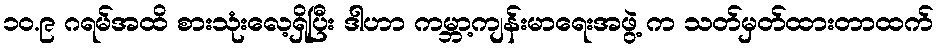
၁၀.၉ ဂရမ်အထိ စားသုံးလေ့ရှိပြီး ဒါဟာ ကမ္ဘာ့ကျန်းမာရေးအဖွဲ့ က သတ်မှတ်ထားတာထက်